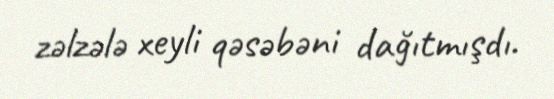
zəlzələ xeyli qəsəbəni dağıtmışdı.